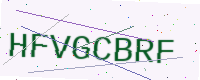
Text: HFVGCBRF